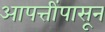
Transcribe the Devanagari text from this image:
आपत्तींपासून